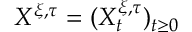
X ^ { \xi , \tau } = ( X _ { t } ^ { \xi , \tau } ) _ { t \geq 0 }